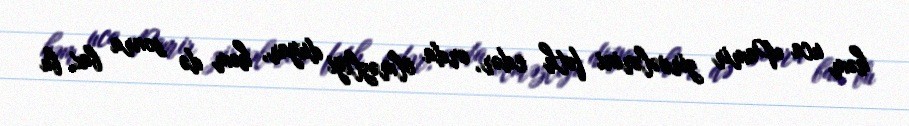
həm uca Pamir zirvələrini fəth edər, orda ölməzliyi duyar, həm də sonra bax, bu